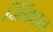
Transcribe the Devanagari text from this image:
जिंकाल